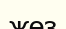
жөз